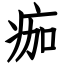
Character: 痂